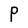
Character: P